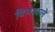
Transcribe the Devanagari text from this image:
विभावले